Lunatic asylums Punjab 1911-1921 - 1911-1921
Year: 1911
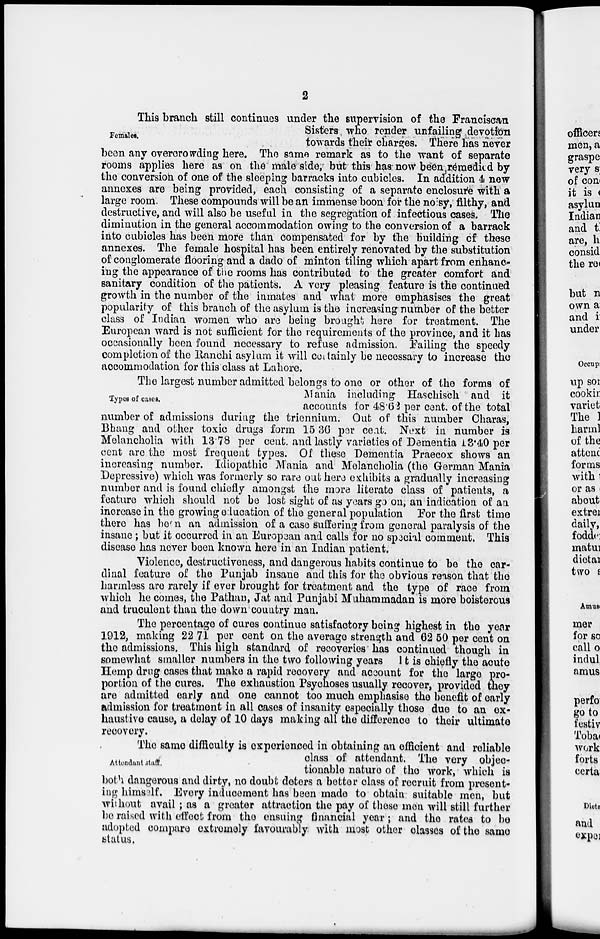
2
Females.
This branch still continues under the supervision of the Franciscan
Sisters who render unfailing devotion
towards their charges. There has never
been any overcrowding here. The same remark as to the want of separate
rooms applies here as on the male side, but this has now been remedied by
the conversion of one of the sleeping barracks into cubicles. In addition 4 new
annexes are being provided, each consisting of a separate enclosure with a
large room. These compounds will be an immense boon for the noisy, filthy, and
destructive, and will also be useful in the segregation of infectious cases. The
diminution in the general accommodation owing to the conversion of a barrack
into cubicles has been more than compensated for by the building of these
annexes. The female hospital has been entirely renovated by the substitution
of conglomerate flooring and a dado of minton tiling which apart from enhanc-
ing the appearance of the rooms has contributed to the greater comfort and
sanitary condition of the patients. A very pleasing feature is the continued
growth in the number of the inmates and what more emphasises the great
popularity of this branch of the asylum is the increasing number of the better
class of Indian women who are being brought here for treatment. The
European ward is not sufficient for the requirements of the province, and it has
occasionally been found necessary to refuse admission. Failing the speedy
completion of the Ranchi asylum it will certainly be necessary to increase the
accommodation for this class at Lahore.
Types of cases.
The largest number admitted belongs to one or other of the forms of
Mania including Haschisch and it
accounts for 48.62 per cent. of the total
number of admissions during the triennium. Out of this number Charas,
Bhang and other toxic drugs form 15.36 per cent. Next in number is
Melancholia with 13.78 per cent. and lastly varieties of Dementia 13.40 per
cent are the most frequent types. Of these Dementia Praecox shows an
increasing number. Idiopathic Mania and Melancholia (the German Mania
Depressive) which was formerly so rare out here exhibits a gradually increasing
number and is found chiefly amongst the more literate class of patients, a
feature which should not be lost sight of as years go on, an indication of an
increase in the growing education of the general population For the first time
there has been an admission of a case suffering from general paralysis of the
insane ; but it occurred in an European and calls for no special comment. This
disease has never been known here in an Indian patient.
Violence, destructiveness, and dangerous habits continue to be the car-
dinal feature of the Punjab insane and this for the obvious reason that the
harmless are rarely if ever brought for treatment and the type of race from
which he comes, the Pathan, Jat and Punjabi Muhammadan is more boisterous
and truculent than the down country man.
The percentage of cures continue satisfactory being highest in the year
1912, making 22.71 per cent on the average strength and 62.50 per cent on
the admissions. This high standard of recoveries has continued though in
somewhat smaller numbers in the two following years. It is chiefly the acute
Hemp drug cases that make a rapid recovery and account for the large pro-
portion of the cures. The exhaustion Psychoses usually recover, provided they
are admitted early and one cannot too much emphasise the benefit of early
admission for treatment in all cases of insanity especially those due to an ex-
haustive cause, a delay of 10 days making all the difference to their ultimate
recovery.
Attendant Staff.
The same difficulty is experienced in obtaining an efficient and reliable
class of attendant. The very objec-
tionable nature of the work, which is
both dangerous and dirty, no doubt deters a better class of recruit from present-
ing himself. Every inducement has been made to obtain suitable men, but
without avail ; as a greater attraction the pay of these men will still further
be raised with effect from the ensuing financial year; and the rates to be
adopted compare extremely favourably with most other classes of the same
status.